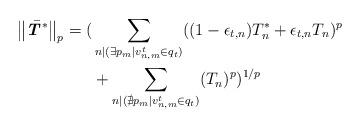
LaTeX: \begin{align*} \left\|\bar{\textbf{\textit{T}}^*}\right\|_p = (&\sum_{n|(\exists p_m | v_{n,m}^t \in q_t)} ((1-\epsilon_{t,n})T^*_n+\epsilon_{t,n}T_n)^p \\ &+\sum_{n|( \nexists p_m | v_{n,m}^t \in q_t)} (T_n)^p)^{1/p}\end{align*}